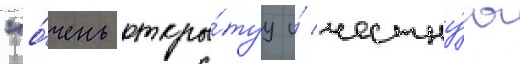
"о́чень откры́туу и́ честну́ю